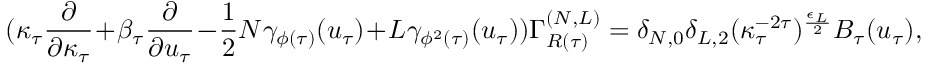
( \kappa _ { \tau } \frac { \partial } { \partial \kappa _ { \tau } } + \beta _ { \tau } \frac { \partial } { \partial u _ { \tau } } - \frac { 1 } { 2 } N \gamma _ { \phi ( \tau ) } ( u _ { \tau } ) + L \gamma _ { \phi ^ { 2 } ( \tau ) } ( u _ { \tau } ) ) \Gamma _ { R ( \tau ) } ^ { ( N , L ) } = \delta _ { N , 0 } \delta _ { L , 2 } ( \kappa _ { \tau } ^ { - 2 \tau } ) ^ { \frac { \epsilon _ { L } } { 2 } } B _ { \tau } ( u _ { \tau } ) ,